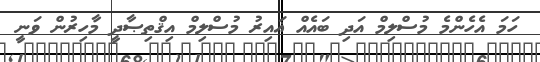
ހަމަ އެހެންމެ މުސްލިމް އަދި ބައެއް ޣައިރު މުސްލިމް އިޤްތިޞާދީ މާހިރުން ވަނީ